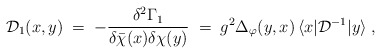
\begin{align*}{\mathcal D}_1(x,y) \;=\; -\frac{\delta^2 \Gamma_1}{\delta{\bar\chi}(x)\delta\chi(y)}\;=\; g^2 \Delta_\varphi(y,x) \, \langle x|{\mathcal D}^{-1}|y\rangle \;,\end{align*}